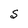
Character: S